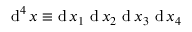
\operatorname { d } ^ { 4 } x \equiv \operatorname { d } x _ { 1 } \, \operatorname { d } x _ { 2 } \, \operatorname { d } x _ { 3 } \, \operatorname { d } x _ { 4 }